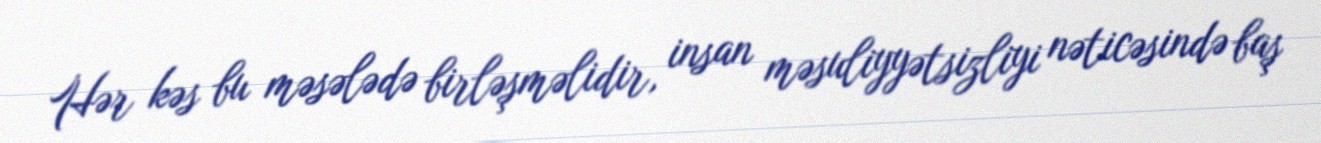
Hər kəs bu məsələdə birləşməlidir, insan məsuliyyətsizliyi nəticəsində baş